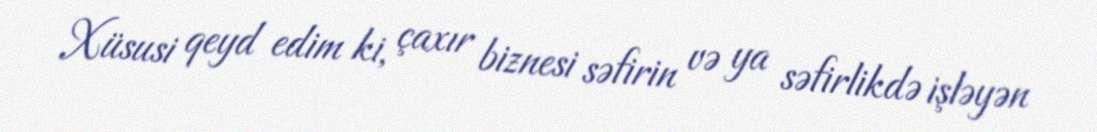
Xüsusi qeyd edim ki, çaxır biznesi səfirin və ya səfirlikdə işləyən